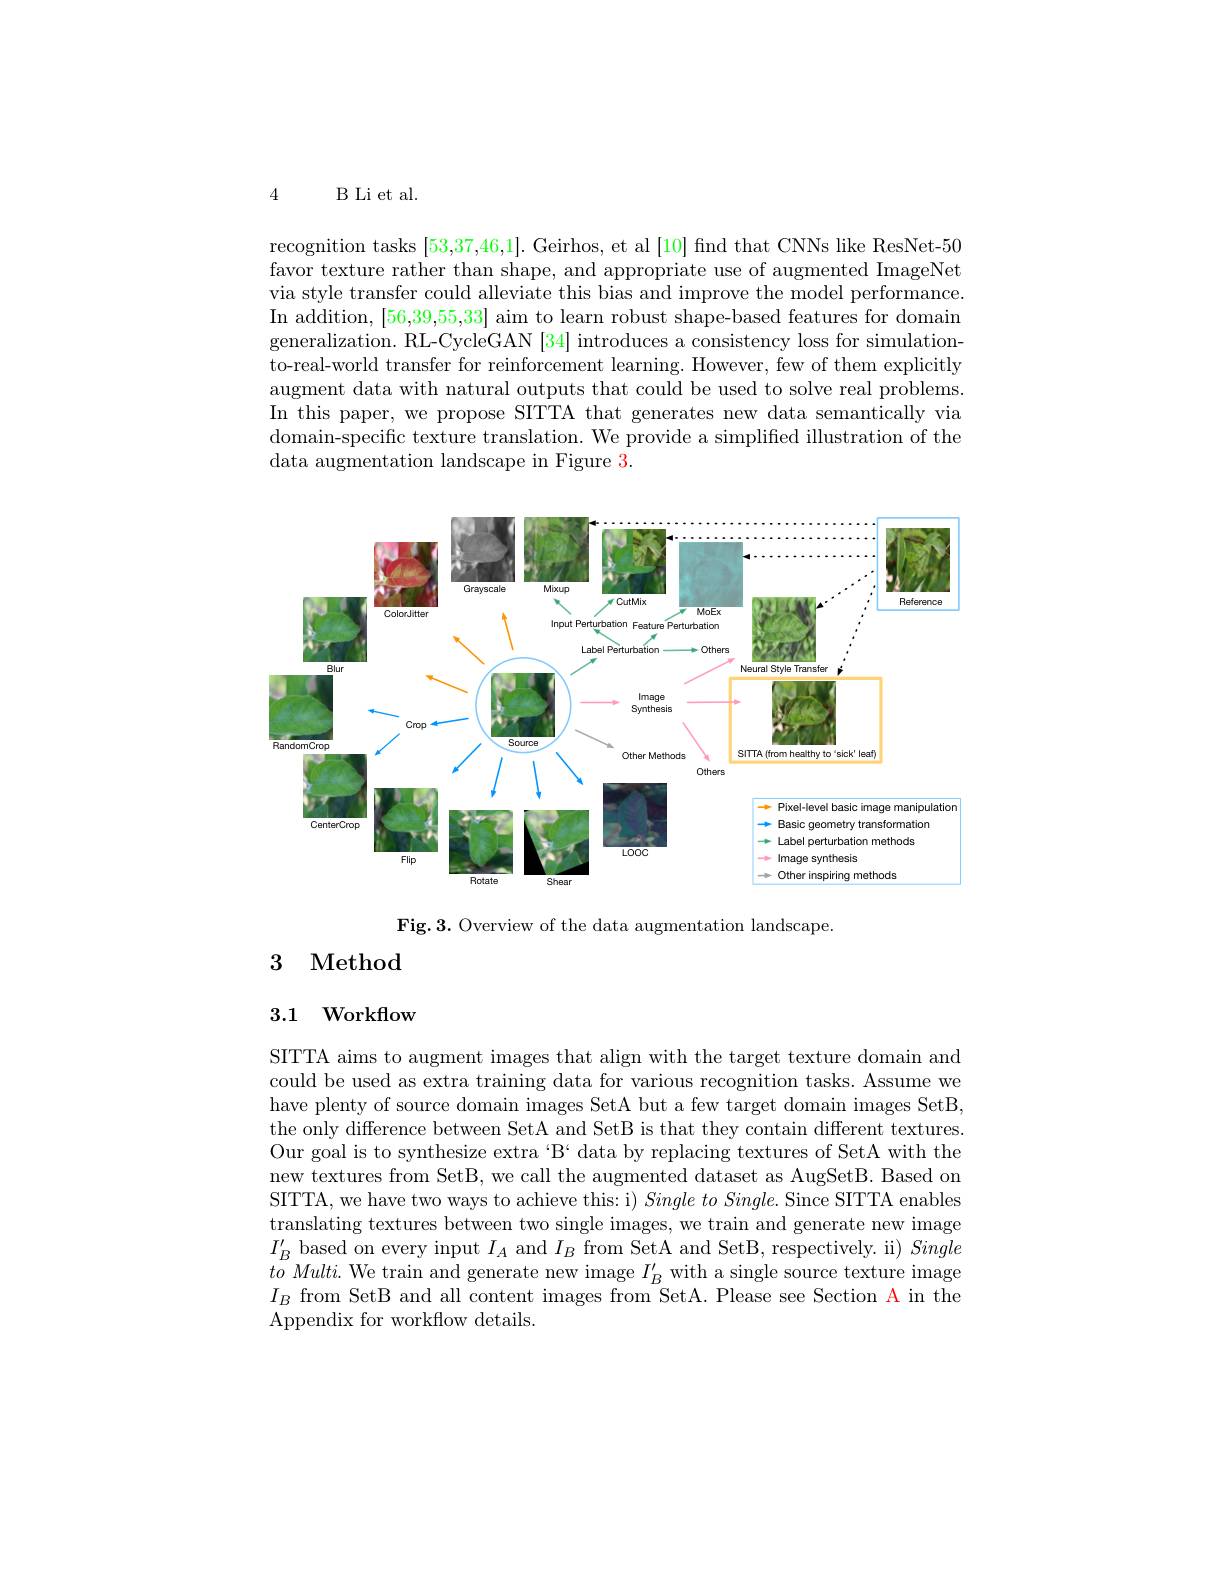
4 B Li et al.

recognition tasks [53,37,46,1]. Geirhos, et al [10] find that CNNs like ResNet-50 favor texture rather than shape, and appropriate use of augmented ImageNet via style transfer could alleviate this bias and improve the model performance. In addition, [56,39,55,33] aim to learn robust shape-based features for domain generalization. RL-CycleGAN [34] introduces a consistency loss for simulationto-real-world transfer for reinforcement learning. However, few of them explicitly augment data with natural outputs that could be used to solve real problems. In this paper, we propose SITTA that generates new data semantically via domain-specific texture translation. We provide a simplified illustration of the data augmentation landscape in Figure 3.

<FigureHere>

Fig.3. Overview of the data augmentation landscape.

## 3 Method

### 3.1 Workflow

SITTA aims to augment images that align with the target texture domain and could be used as extra training data for various recognition tasks. Assume we have plenty of source domain images SetA but a few target domain images SetB, the only difference between SetA and SetB is that they contain different textures. Our goal is to synthesize extra“B‘data by replacing textures of SetA with the new textures from SetB, we call the augmented dataset as AugSetB. Based on SITTA, we have two ways to achieve this: i) $Single\textit{to Single. Since SITTA enables}$ translating textures between two single images, we train and generate new image $I_{B}^{\prime}$ based on every input $I_A$ and $I_B$ from SetA and SetB, respectively. ii) Single $toMulti.$ We train and generate new image $I_B^{\prime}$ with a single source texture image $I_B$ from SetB and all content images from SetA. Please see Section A in the Appendix for workflow details.